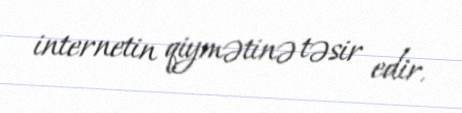
internetin qiymətinə təsir edir.